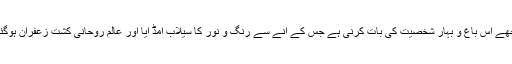
مجھے اُس باغ و بہار شخصیت کی بات کرنی ہے جس کے آنے سے رنگ و نور کا سیلاب امڈ آیا اور عالمِ روحانی کشتِ زعفران ہوگئی۔